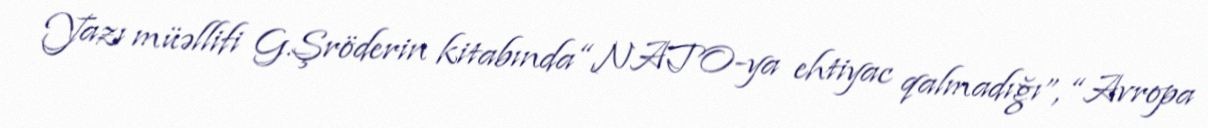
Yazı müəllifi G.Şröderin kitabında “NATO-ya ehtiyac qalmadığı”, “Avropa